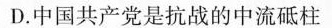
D.中国共产党是抗战的中流砥柱